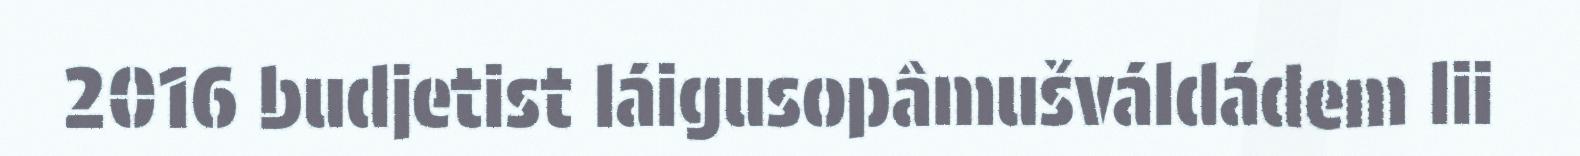
2016 budjetist láigusopâmušváldádem lii